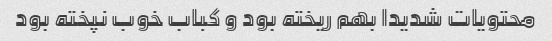
محتویات شدیدا بهم ریخته بود و کباب خوب نپخته بود